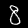
Label: 8